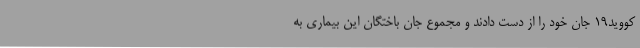
کووید19 جان خود را از دست دادند و مجموع جان باختگان این بیماری به